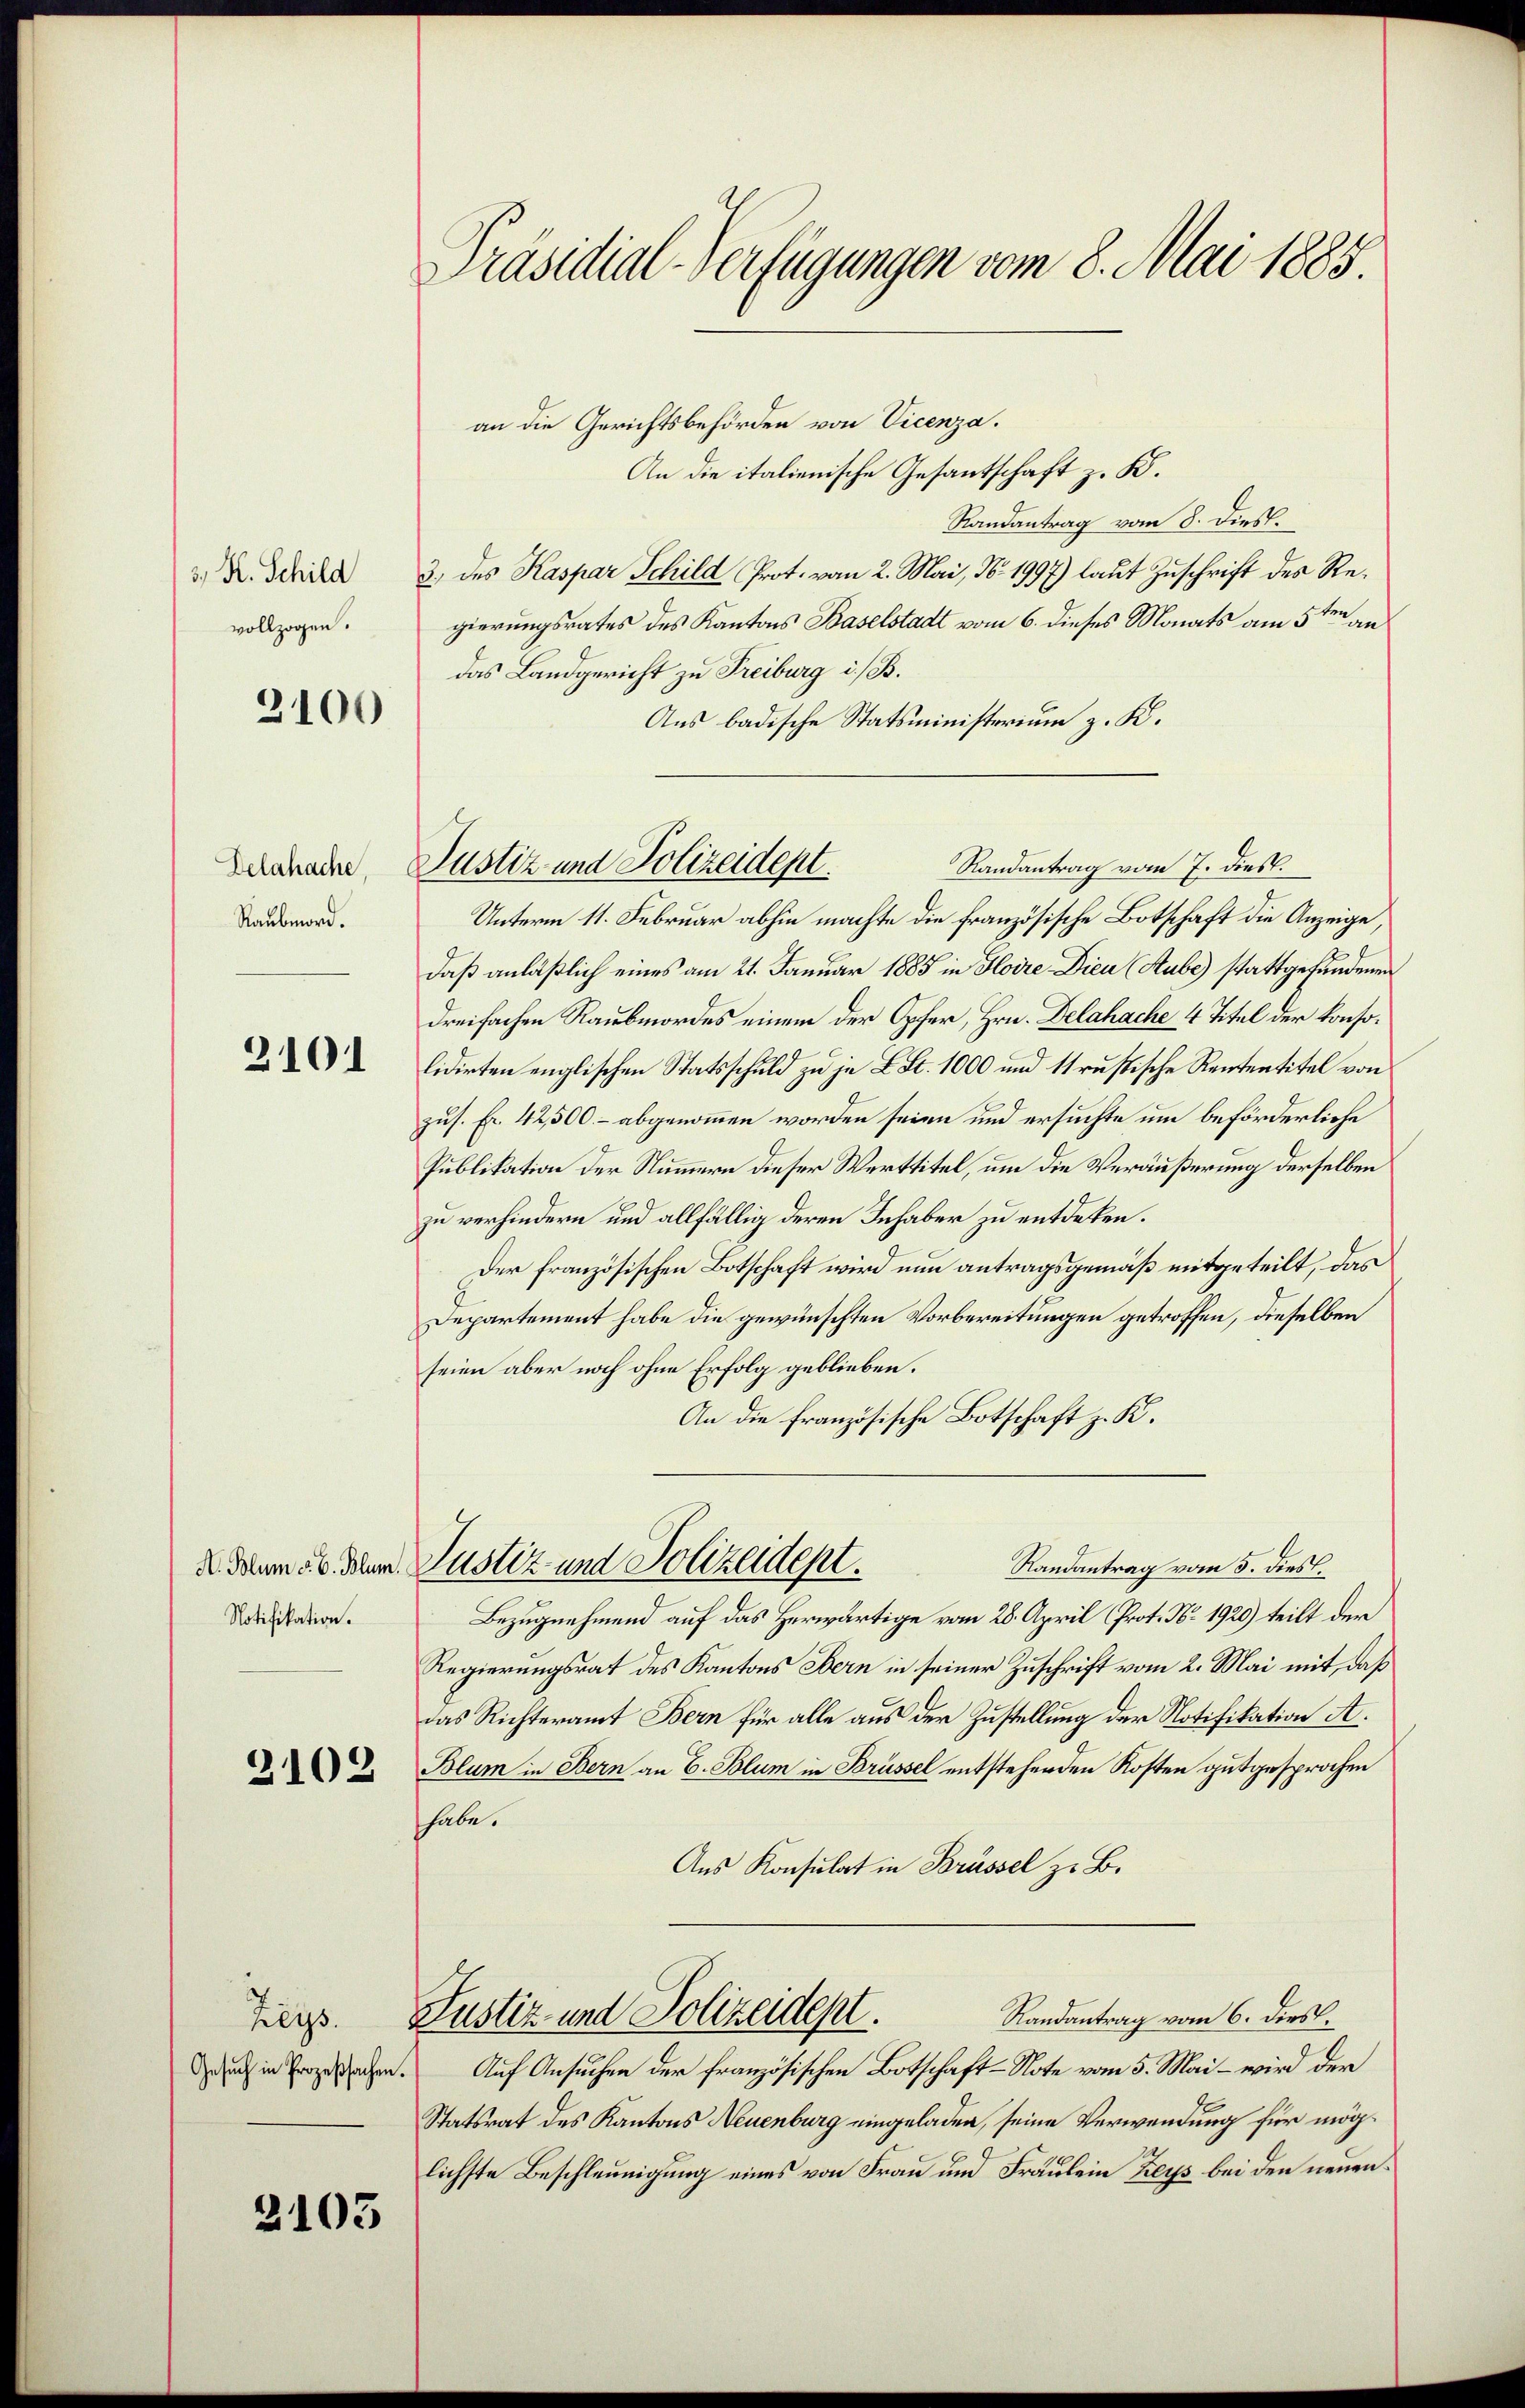
, H. Schild
vollzogen.

2100

Delahache
Raubmord.

2101

Notifikation.

2102

Reys.
Gesuch in Prozeßsachen.

2103

Präsidial-Verfügungen vom 8. Mai 1885

an die Gerichtsbehörden von Vicenza.
An die italienische Gesantschaft z. B.
Randantrag vom 8. Diess.
3. des Kaspar Schild Prot. vom 2. Mai, N. 1997) laut Zuschrift des Regierungsrates des Kantons Baselstadt vom 6. dieses Monats am 5ten an
das Landgericht zu Freiburg i./B.
Aus badische Statsministerium z. K.
Randantrag vom 7. dies.
Unterm 11. Februar abhin machte die französische Botschaft die Anzeige,
daß anläßlich eines am 21. Januar 1885 in Hoire Dien (Stube stattgefundenen
dreifachen Raubmordes einem der Opfer, Hrn. Delahache 4 Titel der konsolidirten englischen Statsschuld zu je L. St. 1000 und 1s russische Rententitel von
zus. Fr. 42,500.- abgenommen worden seien und ersuchte um beförderliche
Publikation der Nummern dieser Werttitel, um die Veräußerung derselben
zu verhindern und allfällig deren Inhaber zu entdeken.
Der französischen Botschaft wird nun antragsgemäß mitgeteilt, das
Departement habe die gewünschten Vorbereitungen getroffen, dieselben
seien aber noch ohne Erfolg geblieben.
An die französische Botschaft z. K.
Randantrag vom 5. dies.
2. datum ab. Der Justiz und Polizeident.
Bezugnehmend auf das Herwärtige vom 28. April Prot. No. 1920) teilt der
Regierungsrat des Kantons Bern in seiner Zuschrift vom 2. Mai mit, daß
Das Richteramt Bern für alle aus der Zustellung der Notifikation A.
Blum in Bern an E. Blum in Brüssel entstehenden Kosten gutgesprochen
habe.
Aus Konsulat in Brüssel zu B.
Randantrag vom 6. dies
Justiz- und Polizeidept.
Auf Ansuchen der französischen Botschaft-Note vom 5. Mai – wird der
Statsrat des Kantons Neuenburg eingeladen, seine Verwendung für möglichste Beschleunigung eines von Frau und Fräulein Zeys bei den neuen¬

Justiz und Polizeidept.